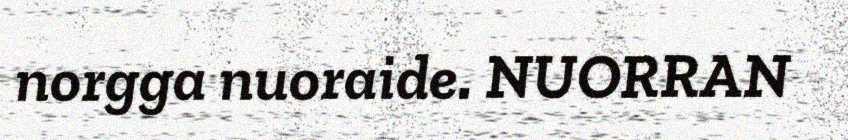
norgga nuoraide. NUORRAN